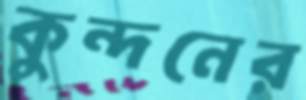
কুন্দনের